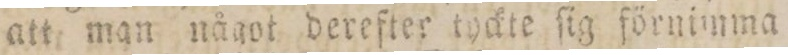
att man något derefter tyckte ſig förnimma